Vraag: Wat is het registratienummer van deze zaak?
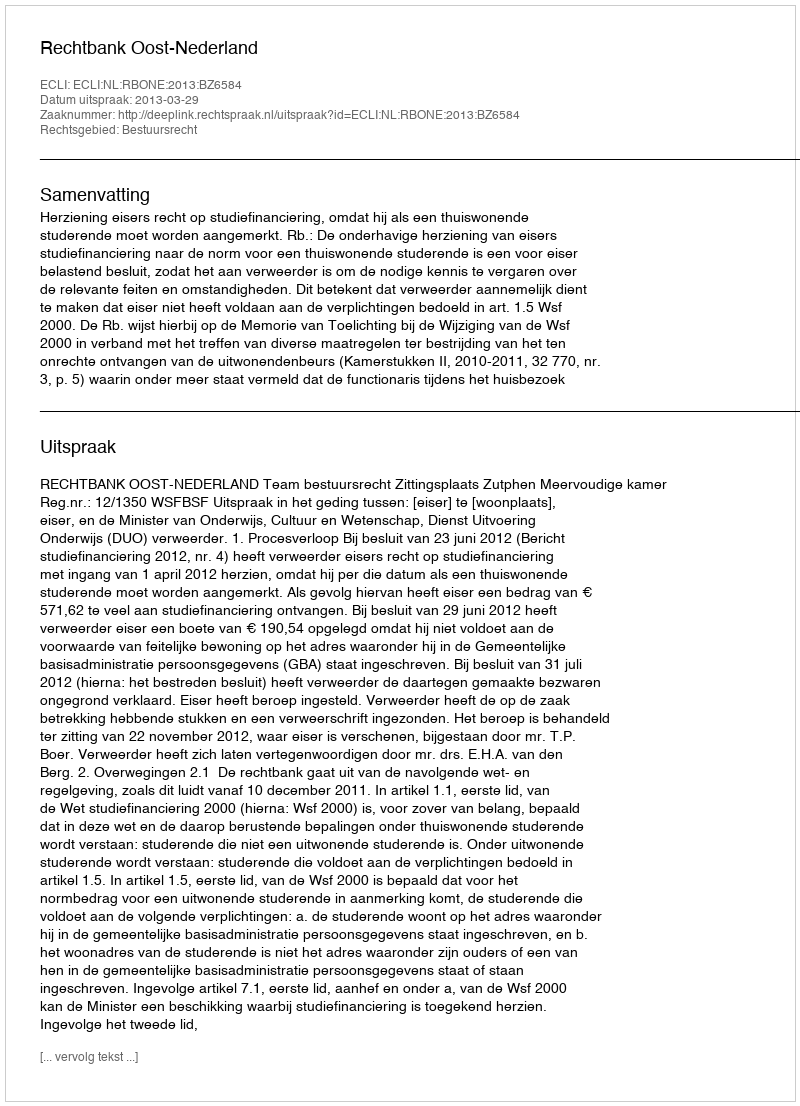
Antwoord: http://deeplink.rechtspraak.nl/uitspraak?id=ECLI:NL:RBONE:2013:BZ6584